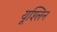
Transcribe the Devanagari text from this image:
यूश्लिन